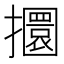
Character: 攌